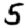
Digit: 5